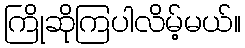
ကြိုဆိုကြပါလိမ့်မယ်။